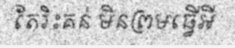
តែរិះគន់ មិនព្រមធ្វើអី